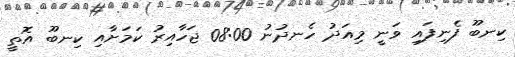
ކިނބޫ ފެނިފައި ވަނީ މިއަދު ހެނދުނު 08:00 ޖަހާއިރު ކަމަށާއި ކިނބޫ އޮތީ